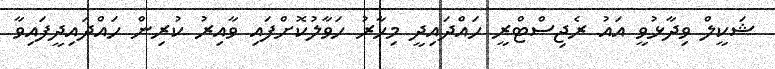
ޝަކީލް ވިދާޅުވީ އައު ރެޖިސްޓްރީ ހައްދައިދީ މިހާރު ހަވާލުކޮށްފައި ވާއިރު ކުރިން ހައްދައިދީފައިވާ